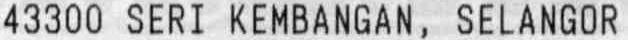
43300 SERI KEMBANGAN, SELANGOR